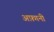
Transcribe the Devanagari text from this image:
अफ़्गनी